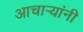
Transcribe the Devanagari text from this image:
आचार्‍यांनी